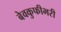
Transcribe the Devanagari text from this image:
बेवकुफीभरी